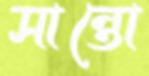
সান্তো